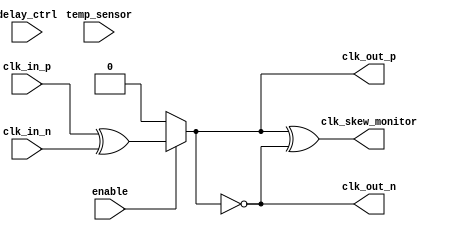
module skew_optimized_clock_buffer (
    input wire clk_in_p,          // Positive differential clock input
    input wire clk_in_n,          // Negative differential clock input
    input wire [3:0] delay_ctrl,  // Programmable delay control
    output wire clk_out_p,        // Positive differential clock output
    output wire clk_out_n,        // Negative differential clock output
    input wire enable,            // Enable signal for the clock buffer
    input wire [7:0] temp_sensor, // Temperature sensor input
    output wire clk_skew_monitor   // Skew monitoring output
);

    // Internal signals
    wire clk_buf;                // Buffered clock signal
    wire clk_delayed;           // Delayed clock signal
    reg [3:0] delay_setting;     // Delay setting register

    // Input stage: Buffering the differential clock input
    // For simplicity, we'll just use a single buffer for this example
    assign clk_buf = (enable) ? (clk_in_p ^ clk_in_n) : 1'b0; // XOR for simple differential to single-ended conversion

    // Delay line: Adjustable delay using a simple case statement
    always @(*) begin
        case (delay_ctrl)
            4'b0000: clk_delayed = clk_buf;          // No delay
            4'b0001: clk_delayed = #1 clk_buf;       // 1 time unit delay
            4'b0010: clk_delayed = #2 clk_buf;       // 2 time units delay
            4'b0011: clk_delayed = #3 clk_buf;       // 3 time units delay
            4'b0100: clk_delayed = #4 clk_buf;       // 4 time units delay
            // Add more cases as needed for additional delay settings
            default: clk_delayed = clk_buf;          // Default to no delay
        endcase
    end

    // Output stage: Differential output drivers
    assign clk_out_p = clk_delayed;  // Positive output
    assign clk_out_n = ~clk_delayed; // Negative output for differential signaling

    // Feedback mechanism for skew monitoring
    assign clk_skew_monitor = (clk_out_p ^ clk_out_n); // Simple skew monitor (actual implementation would be more complex)

    // Temperature compensation logic can be added here
    // For simplicity, this is not implemented in this example

endmodule